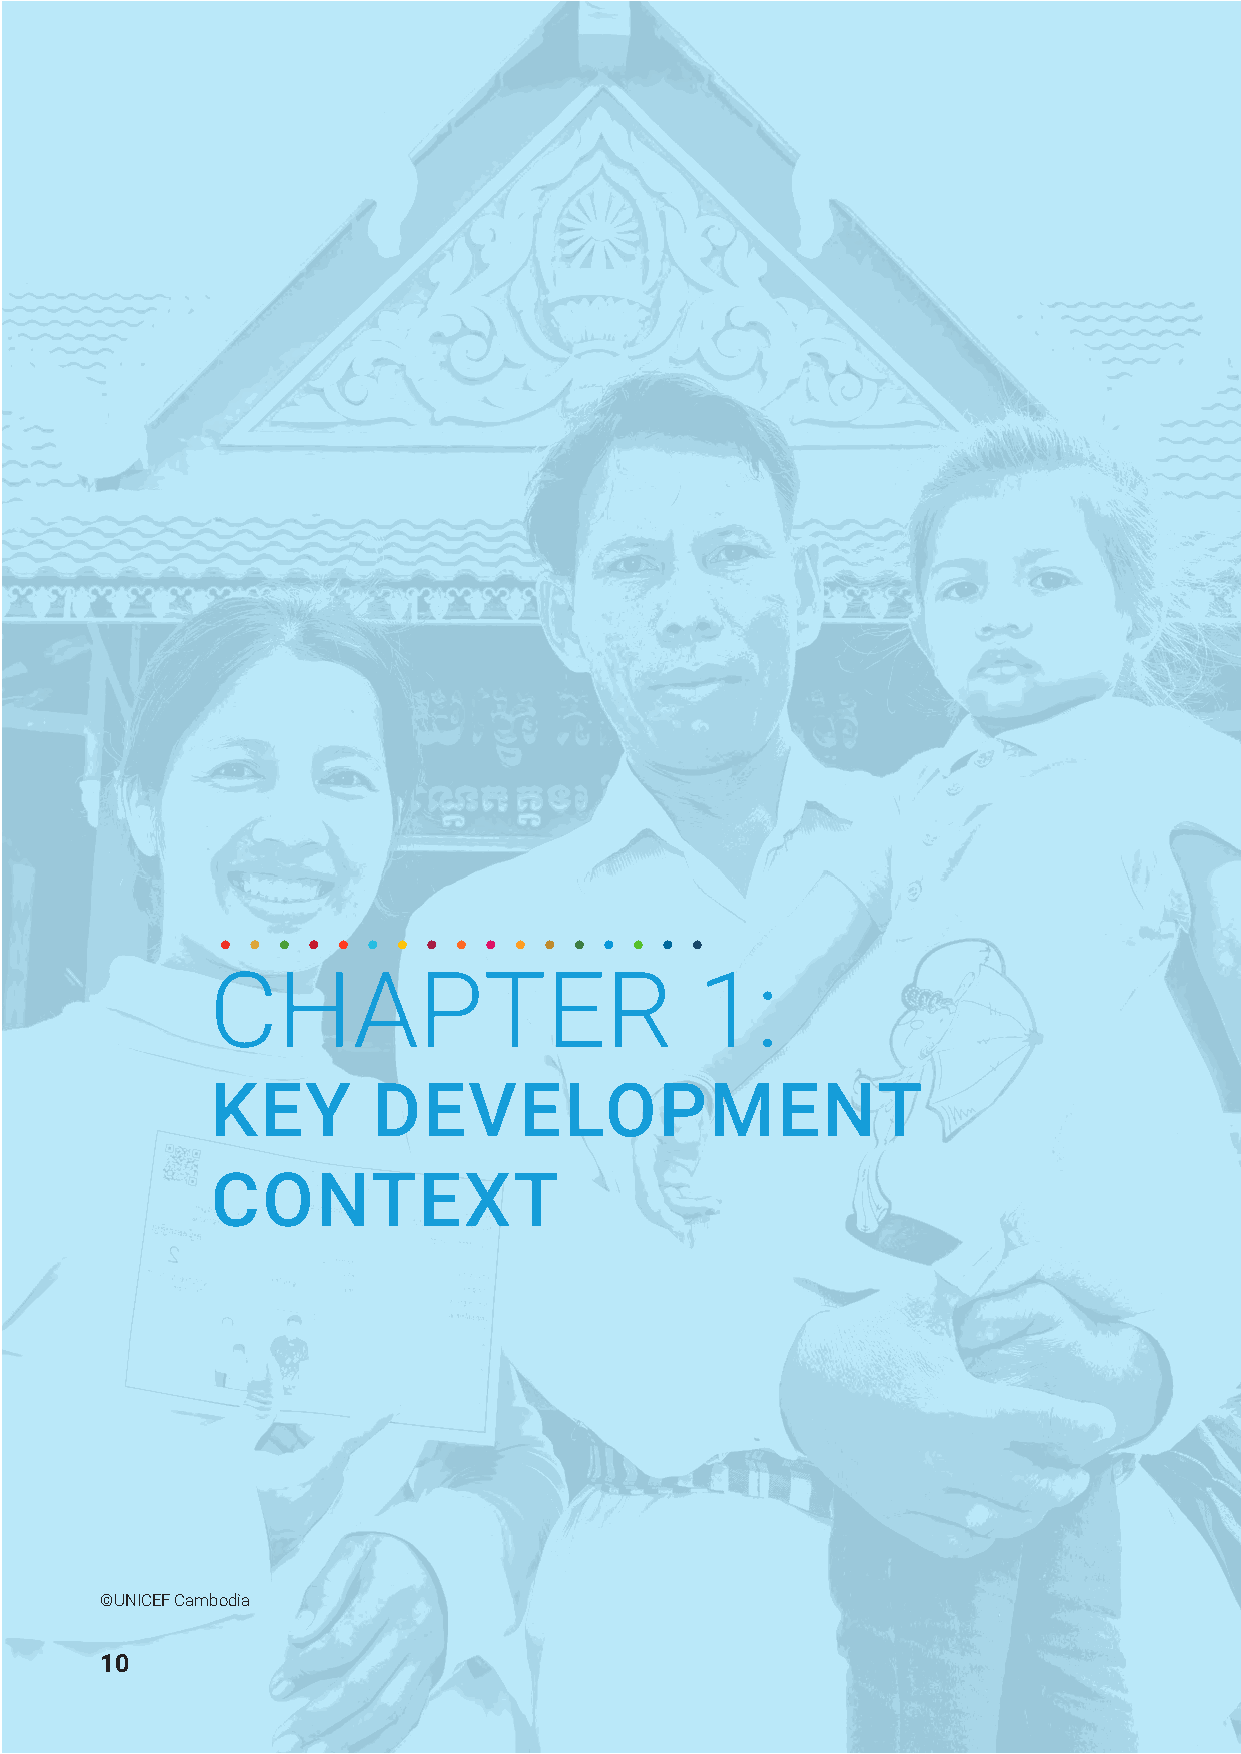
CHAPTER                         1:
 KEY        DEVELOPMENT
 CONTEXT
 ©UNICEF Cambodia
 10